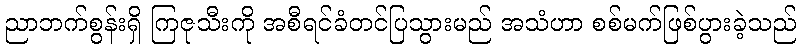
ညာဘက်စွန်းရှိ ကြဇုသီးကို အစီရင်ခံတင်ပြသွားမည် အသံဟာ စစ်မက်ဖြစ်ပွားခဲ့သည်